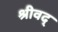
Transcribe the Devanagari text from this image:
श्रीवद्‌